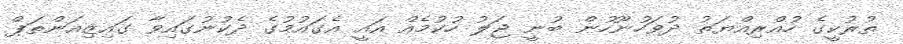
ތުރުކީގެ ހުއްރިއްޔަތު ދުވަހުނޫހުން ބުނީ ޖަލު ހުކުމެއް އައީ އެގައުމުގެ ދެކުނުގައިވާ ގައިޒިއަންތަޕް